Scottish Certificate of Education, 1963
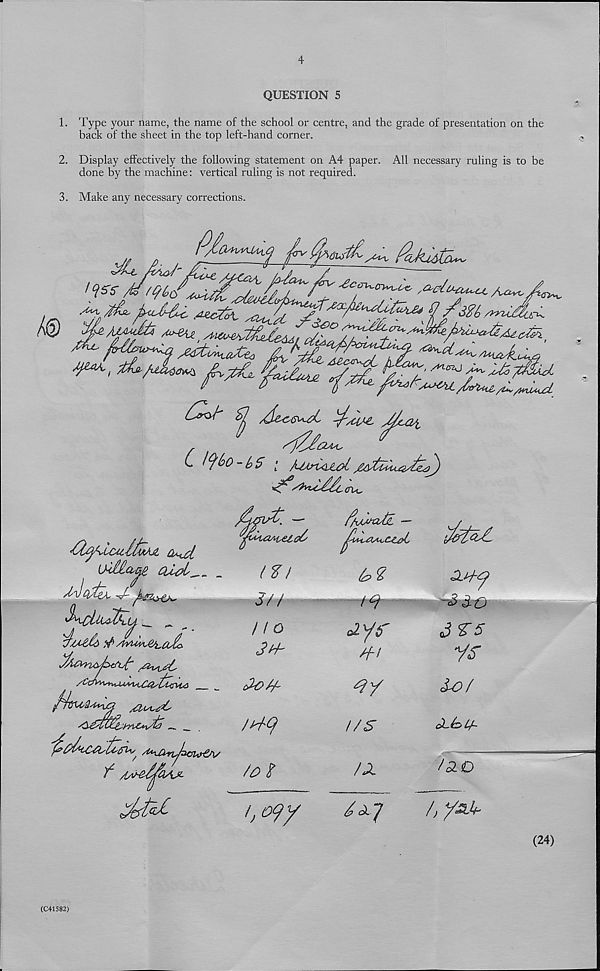
QUESTION 5
1. Type your name, the name of the school or centre, and the grade of presentation on the
back of the sheet in the top left-hand corner.
2. Display effectively the following statement on A4 paper. All necessary ruling is to be
done by the machine: vertical ruling is not required.
3. Make any necessary corrections.
C tybods [
itiMaag, cud
f
Ma*
JdQ
/o%
/%dcUZ —
t 6 ? —
czytf
H-!
dy
i/s
/x
du.
~3 do
J ^"5
y^r
So/
cL/z>U~
/OLO
ij oyy
s
/) ysjf-
(24)
(C41582)